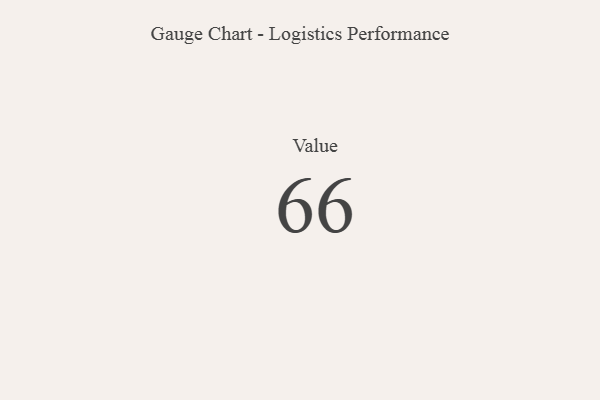
{"axis": {"x": "Metric", "y": "Value"}, "legend": [""], "data": [{"x": "Value", "y": 66, "type": ""}]}